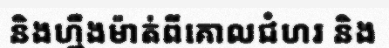
និងហ្មឺងម៉ាត់ពីគោលជំហរ និង